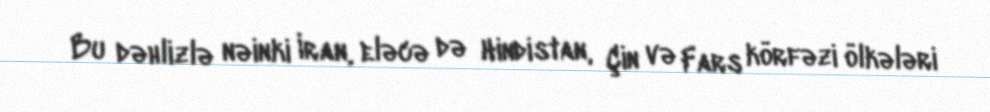
Bu dəhlizlə nəinki İran, eləcə də Hindistan, Çin və Fars körfəzi ölkələri